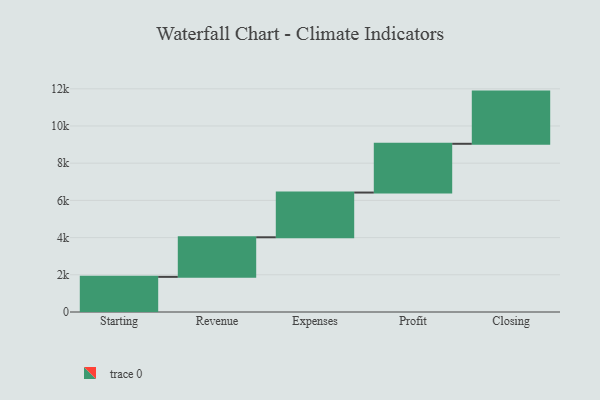
{"axis": {"x": "Step", "y": "Value"}, "legend": [""], "data": [{"x": "Starting", "y": 1889.0, "type": ""}, {"x": "Revenue", "y": 2128.0, "type": ""}, {"x": "Expenses", "y": 2405.0, "type": ""}, {"x": "Profit", "y": 2621.0, "type": ""}, {"x": "Closing", "y": 2806.0, "type": ""}]}